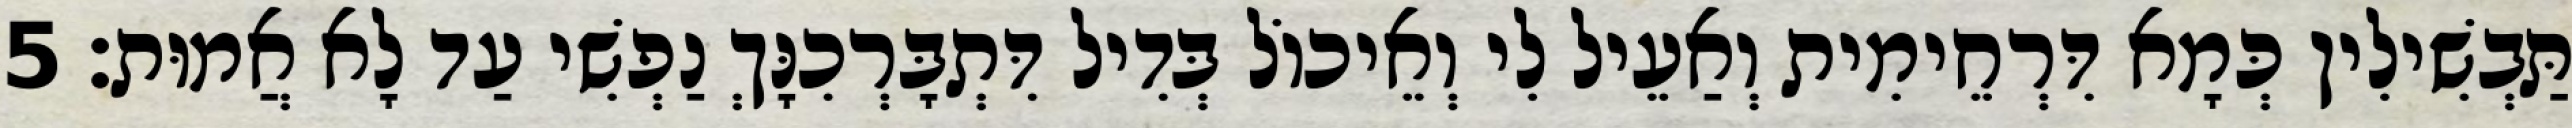
תַּבְשִׁילִין כְּמָא דִּרְחֵימִית וְאַעֵיל לִי וְאֵיכוֹל בְּדִיל דִּתְבָּרְכִנָּךְ נַפְשִׁי עַד לָא אֲמוּת׃ 5